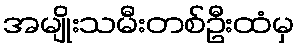
အမျိုးသမီးတစ်ဦးထံမှ